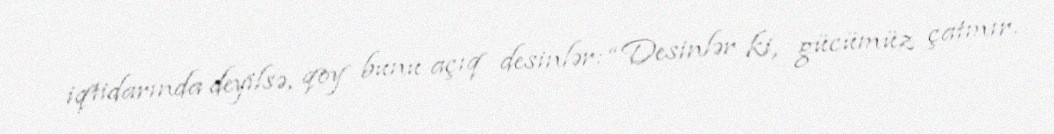
iqtidarında deyilsə, qoy bunu açıq desinlər: “Desinlər ki, gücümüz çatmır.